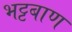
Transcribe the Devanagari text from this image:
भट्टबाण